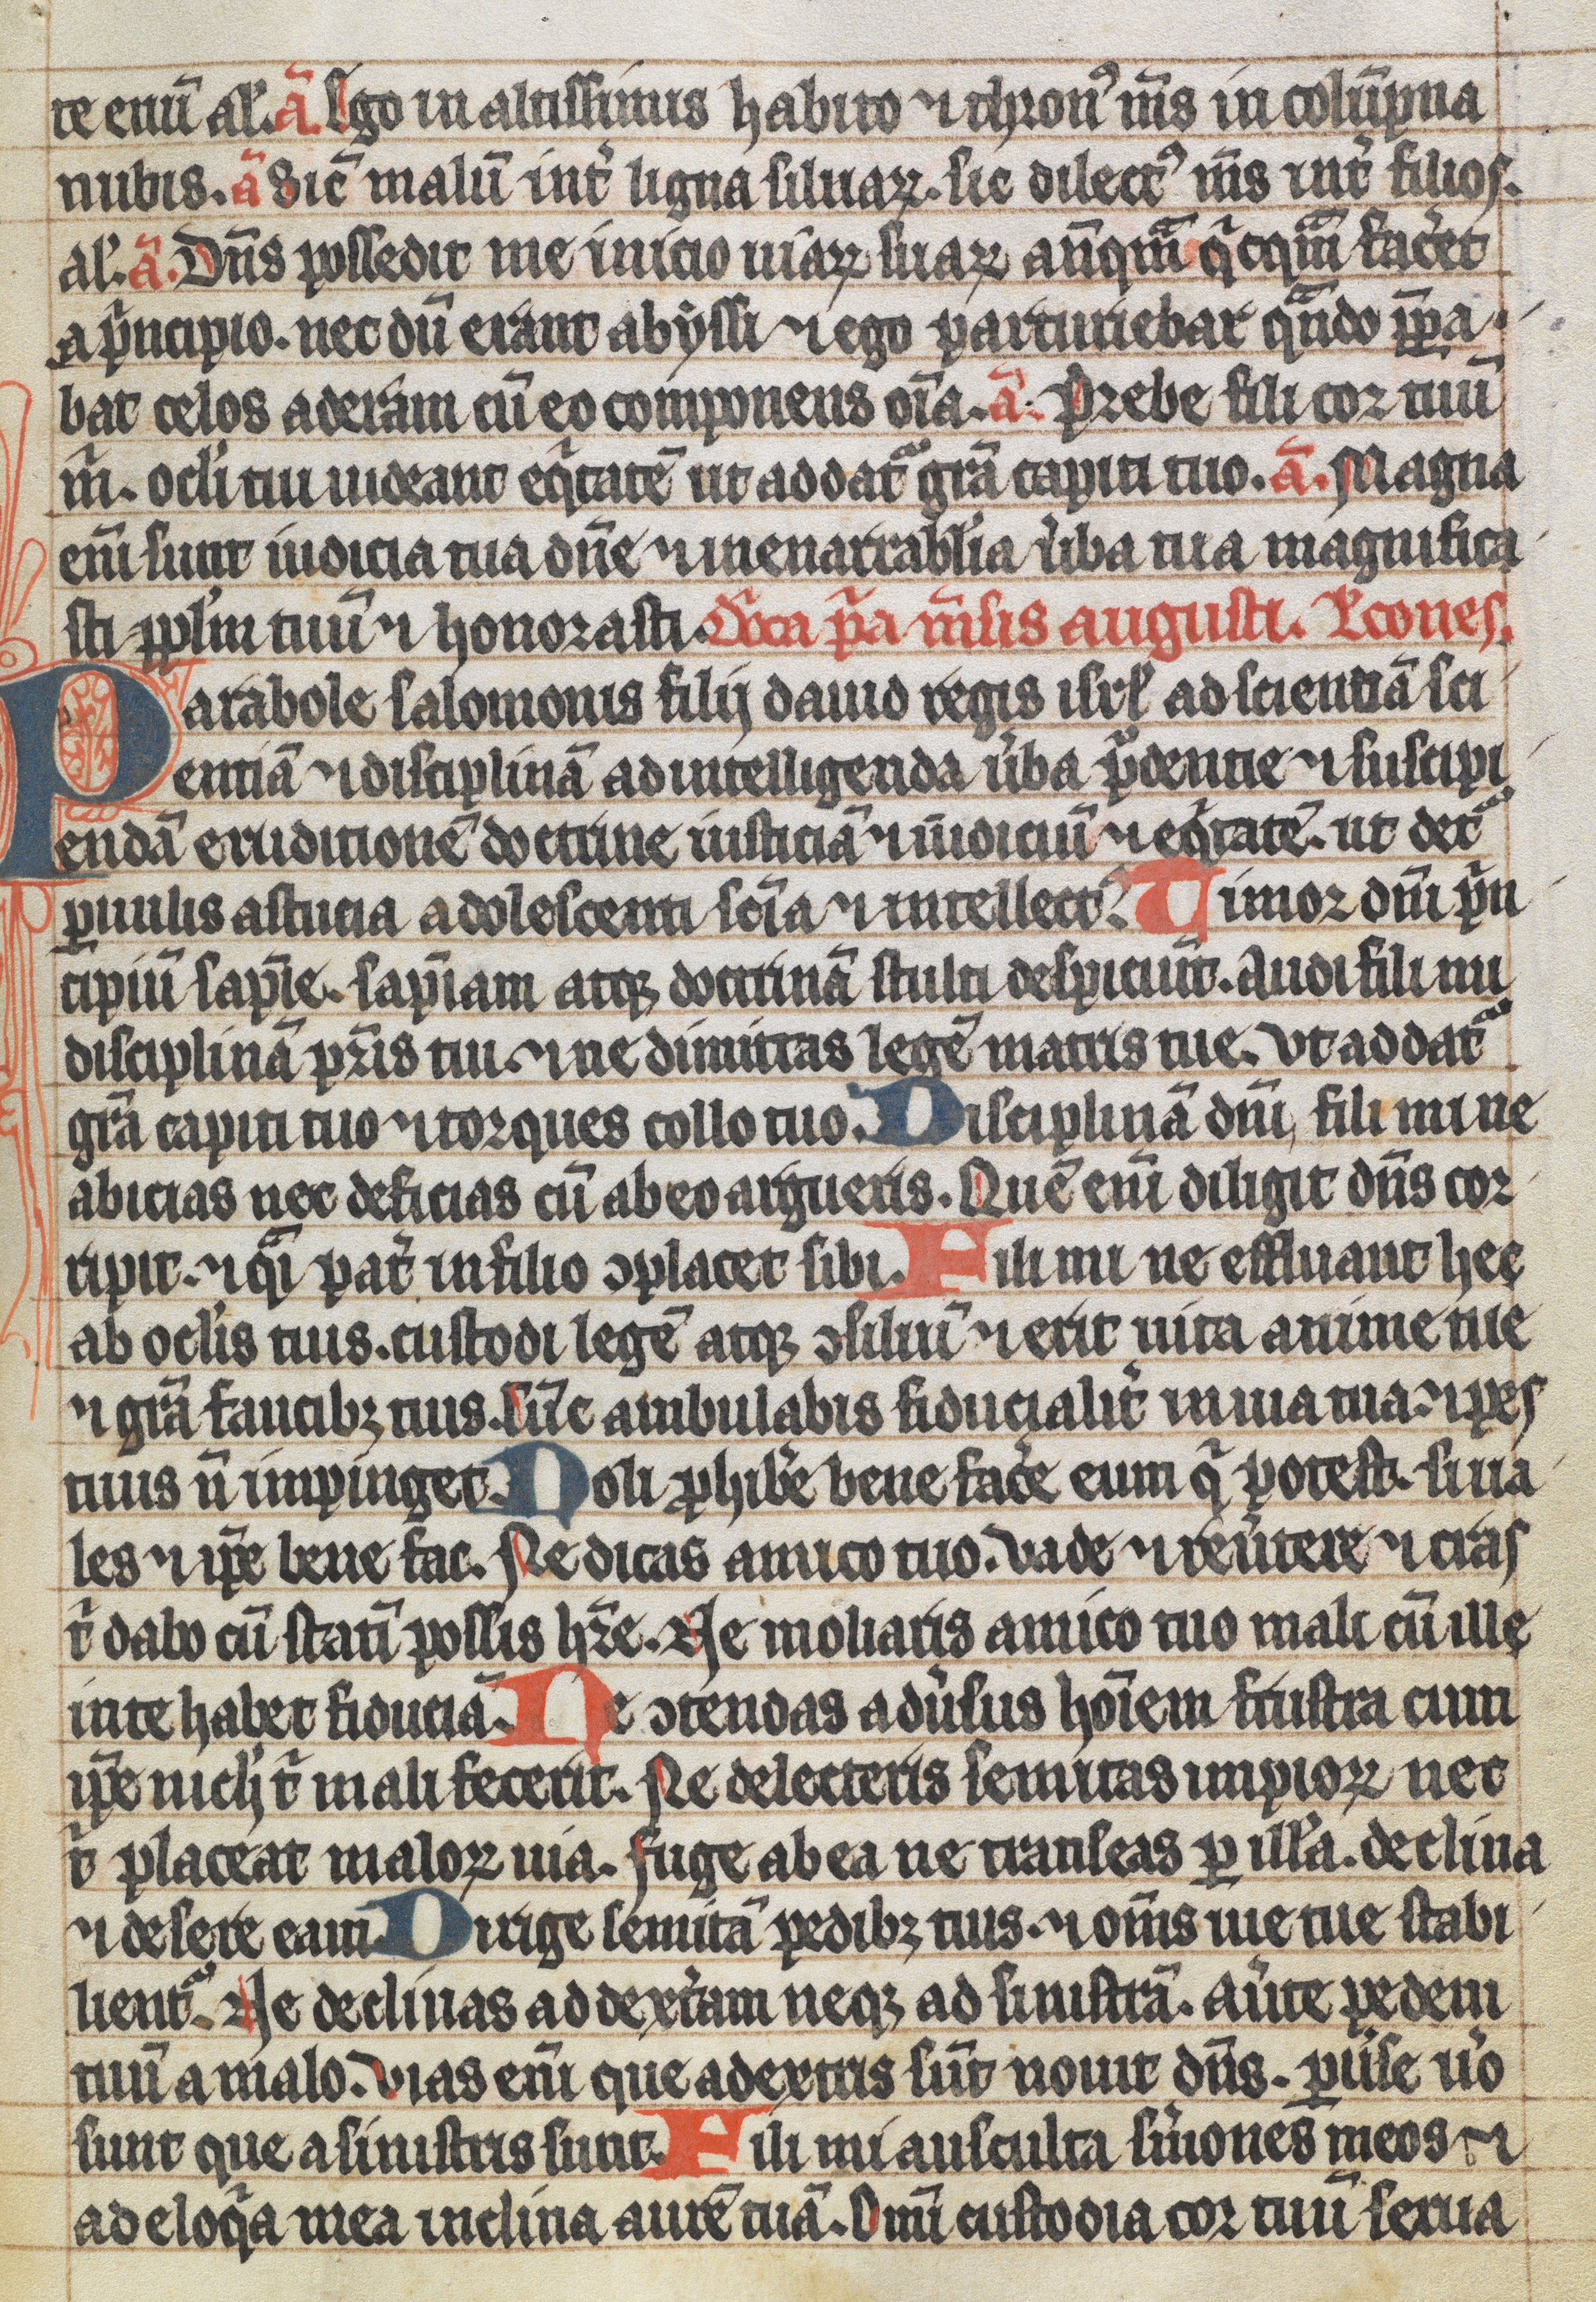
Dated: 1350–1399